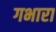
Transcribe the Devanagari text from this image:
गभारा